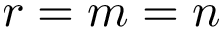
r = m = n